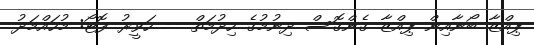
ޕިއްޒާ ބޯނާއިން ޕިއްޒާ ގެންގޮސް ދިނުމުގެ ހިދުމަތް -- ހަވީރު ފޮޓޯ: މުހައްމަދު